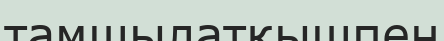
тамшылатқышпен